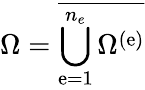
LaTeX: \Omega=\overline{{\bigcup_{\mathrm{e}=1}^{{n_{e}}}\Omega^{\left(\mathrm{e}\right)}}}